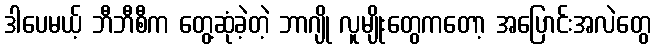
ဒါပေမယ့် ဘီဘီစီက တွေ့ဆုံခဲ့တဲ့ ဘာဂျို လူမျိုးတွေကတော့ အပြောင်းအလဲတွေ